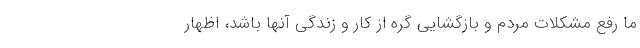
ما رفع مشکلات مردم و بازگشایی گره از کار و زندگی آنها باشد، اظهار